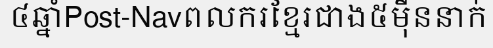
៤ឆ្នាំPost-Navពលករខ្មែរជាង៥ម៉ឺននាក់